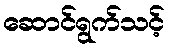
ဆောင်ရွက်သင့်